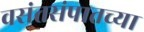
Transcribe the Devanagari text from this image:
वसंतसंपातच्या